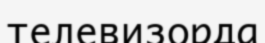
телевизорда